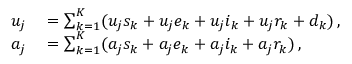
\begin{array} { r l } { u _ { j } } & { { } = \sum _ { k = 1 } ^ { K } ( u _ { j } s _ { k } + u _ { j } e _ { k } + u _ { j } i _ { k } + u _ { j } r _ { k } + d _ { k } ) \, , } \\ { a _ { j } } & { { } = \sum _ { k = 1 } ^ { K } ( a _ { j } s _ { k } + a _ { j } e _ { k } + a _ { j } i _ { k } + a _ { j } r _ { k } ) \, , } \end{array}